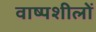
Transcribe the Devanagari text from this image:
वाष्पशीलों